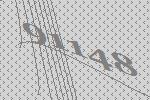
91148